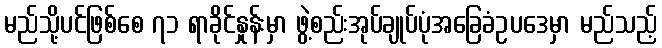
မည်သို့ပင်ဖြစ်စေ ၇၁ ရာခိုင်နှုန်းမှာ ဖွဲ့စည်းအုပ်ချုပ်ပုံအခြေခံဥပဒေမှာ မည်သည့်